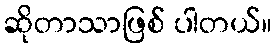
ဆိုတာသာဖြစ် ပါတယ်။